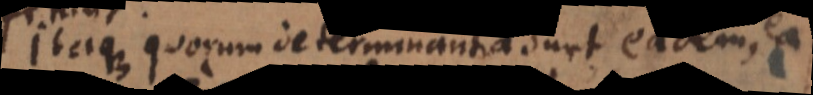
Itaque quorum determinantia sunt eadem,